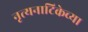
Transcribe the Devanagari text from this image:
नृत्यनाटिकेच्या